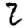
Digit: 2